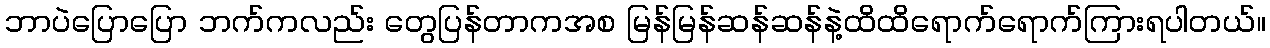
ဘာပဲပြောပြော ဘက်ကလည်း တွေပြန်တာကအစ မြန်မြန်ဆန်ဆန်နဲ့ထိထိရောက်ရောက်ကြားရပါတယ်။